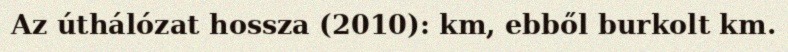
Az úthálózat hossza (2010): km, ebből burkolt km.